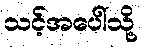
သင့်အပေါ်သို့